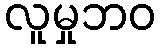
လူမှုဘဝ